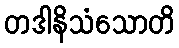
တဒါနိသံသောတိ